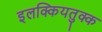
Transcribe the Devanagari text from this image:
इलक्कियतुक्क